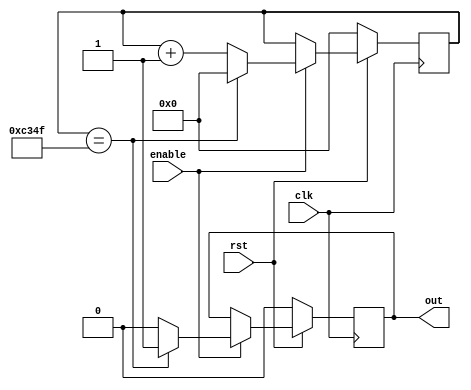
module onems(clk,rst,enable,out);

input clk,rst,enable;
output out;
reg out;
reg [15:0] count;

	always@(posedge clk)
		begin
			if(rst==0)
				begin
					out<=0;
					count<=0;
				end
			else
				begin
					if(enable==1)
						begin
							count<=count+1;
								if(count==49999)
									begin
										out<=1;
										count<=0;
									end
								else
									begin
										out<=0;
									end
						end
				end
		end
endmodule